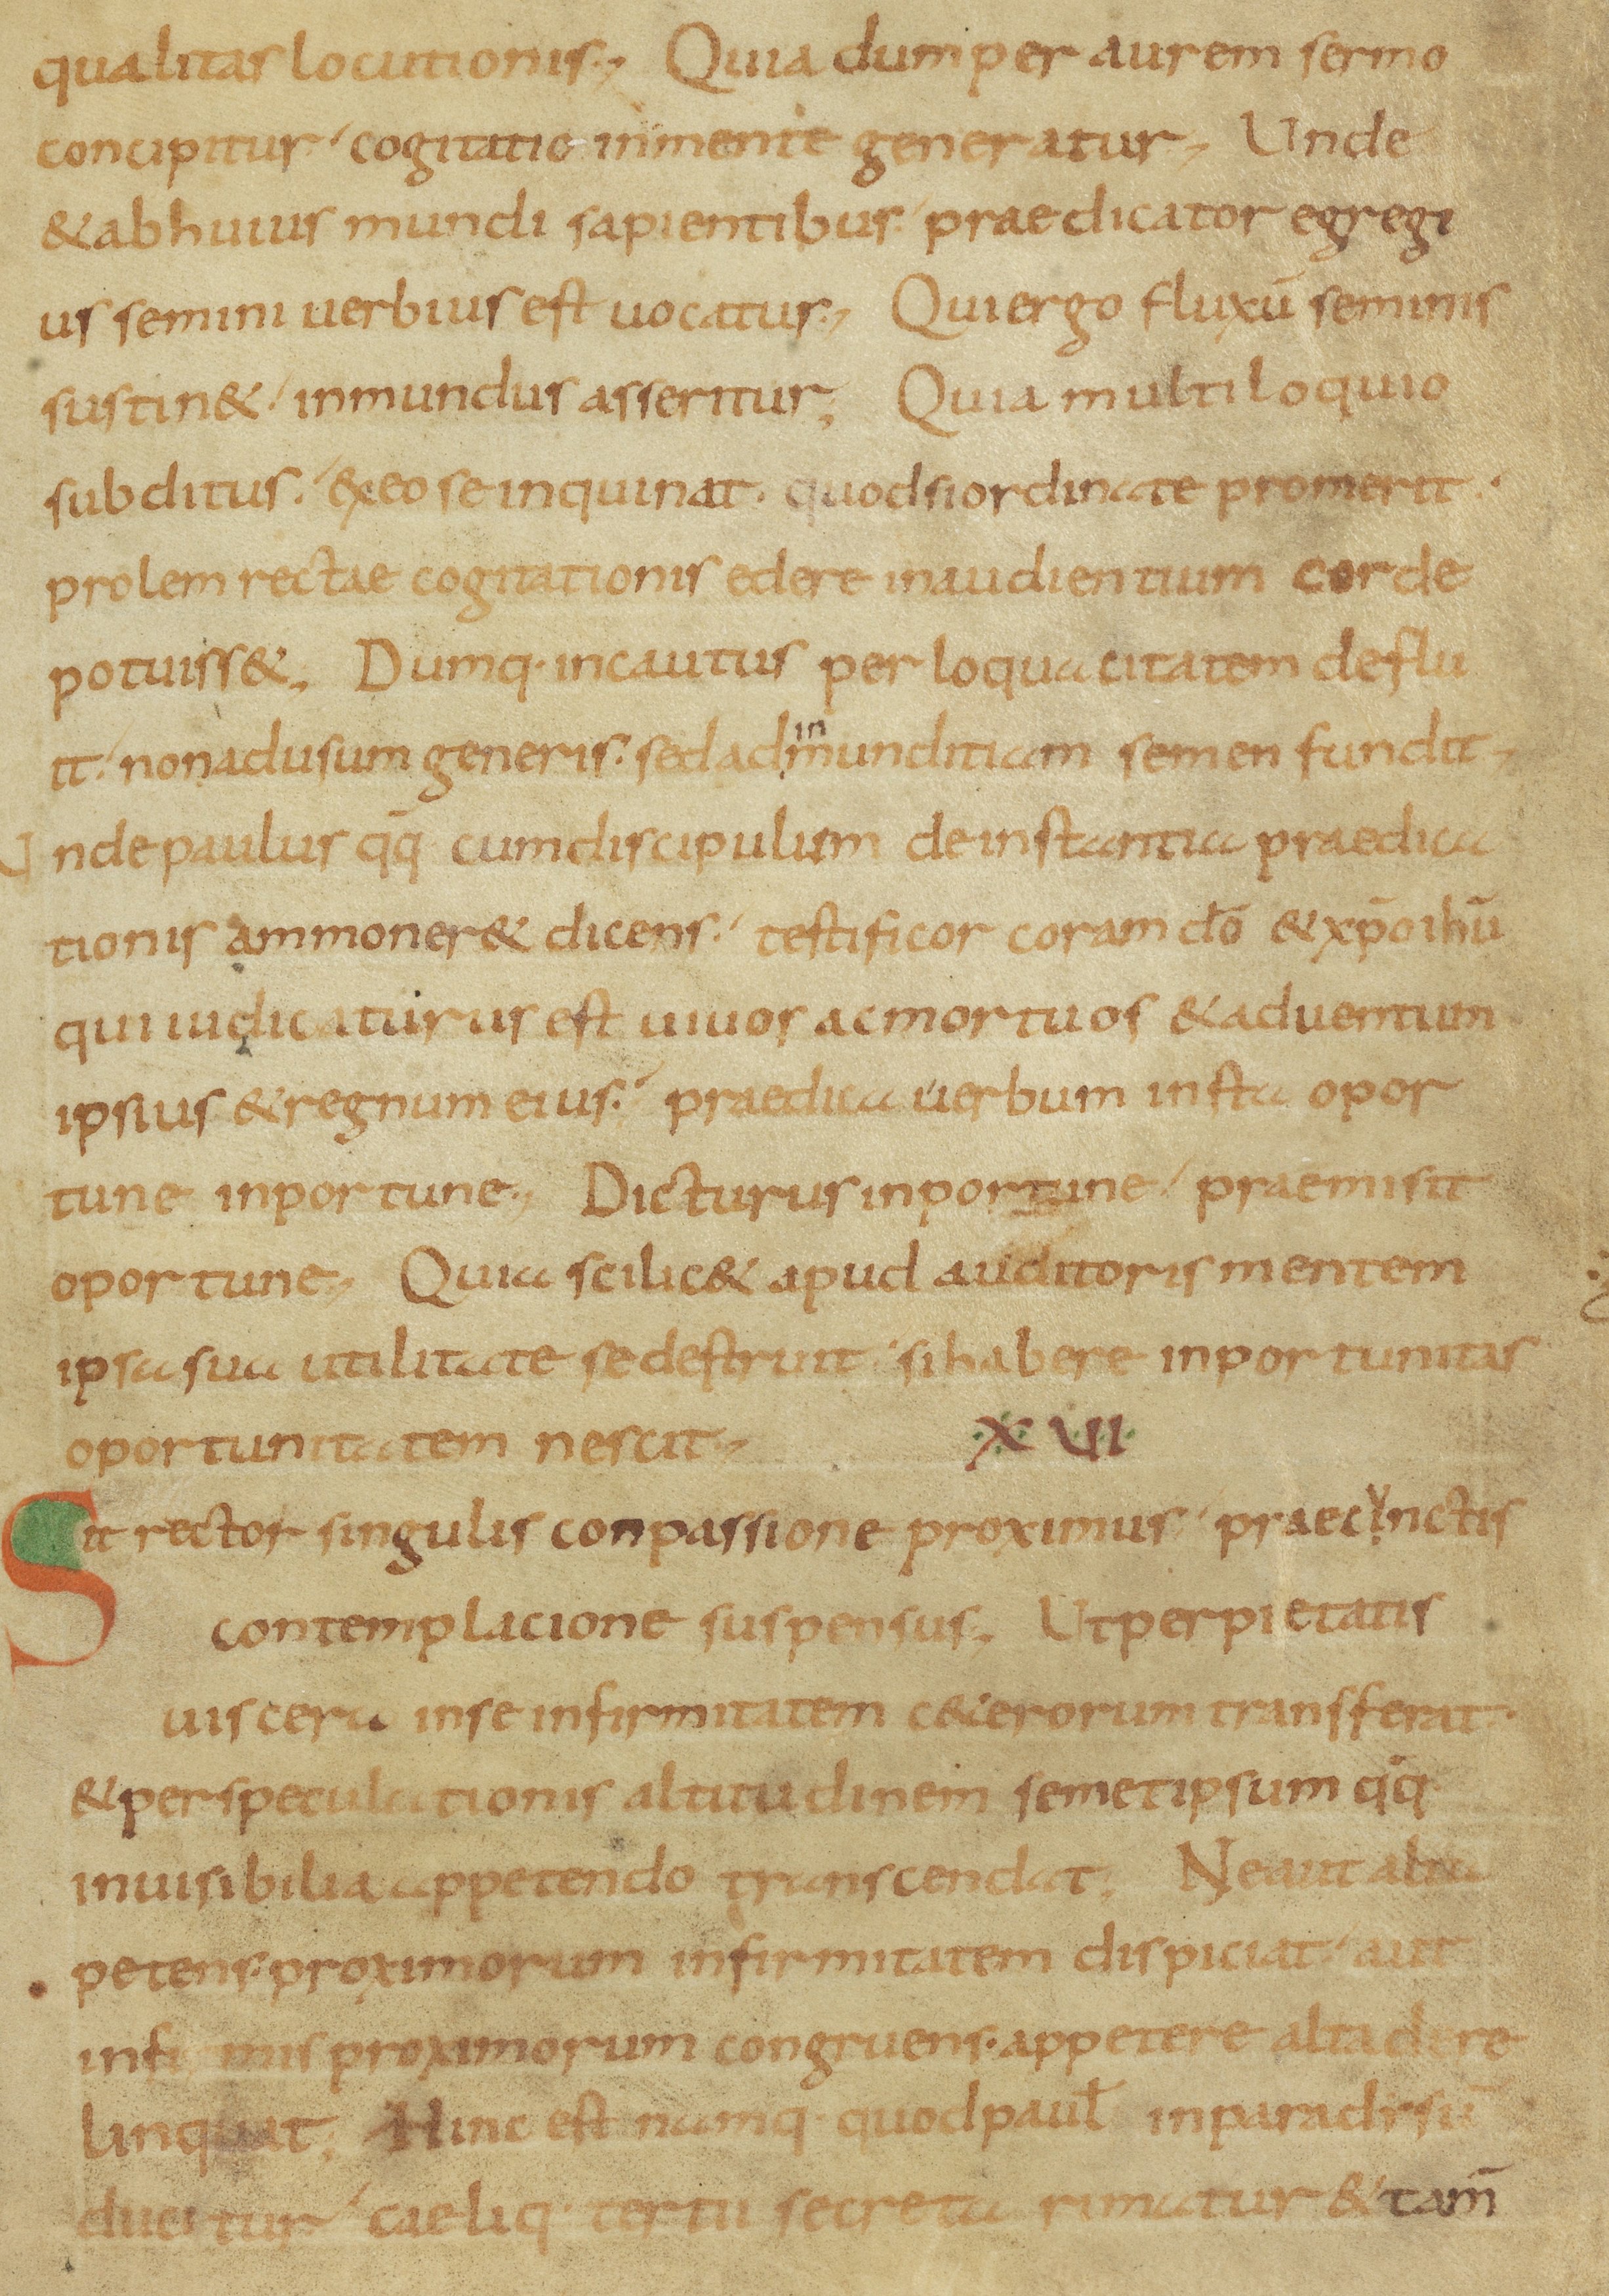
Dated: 800–899